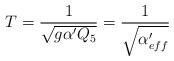
LaTeX: \begin{align*}T={1 \over \sqrt{g \alpha' Q_5}}={1 \over \sqrt{\alpha'_{eff}}}\end{align*}